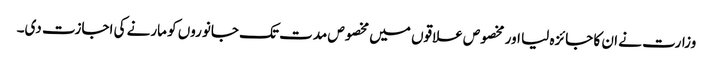
وزارت نے ان کا جائزہ لیا اور مخصوص علاقوں میں مخصوص مدت تک جانوروں کو مارنے کی اجازت دی۔